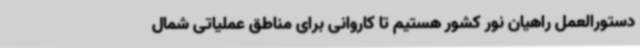
دستورالعمل راهیان نور کشور هستیم تا کاروانی برای مناطق عملیاتی شمال